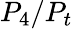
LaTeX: P_{4}/P_{t}